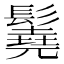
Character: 𩯆